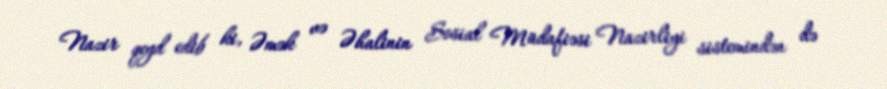
Nazir qeyd edib ki, Əmək və Əhalinin Sosial Müdafiəsi Nazirliyi sistemindən də